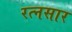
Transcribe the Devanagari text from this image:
रत्नसार